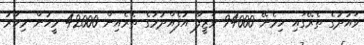
ވައުދުގެ ތެރޭގައި ހިމެނޭ 94000 ވަޒީފާ އުފެއްދުމުގެ ތެރެއިން 42000 މީހުން މިހާރު